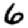
Digit: 6